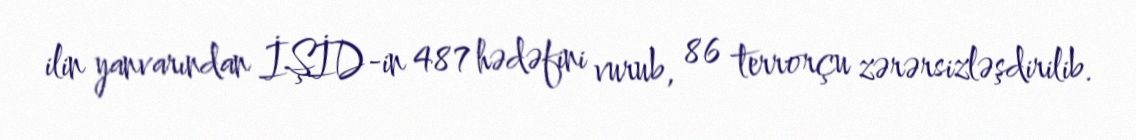
ilin yanvarından İŞİD-in 487 hədəfini vurub, 86 terrorçu zərərsizləşdirilib.